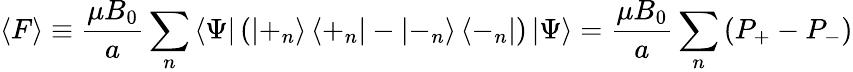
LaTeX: \left\langle F\right\rangle\equiv\frac{\mu B_{0}}{a}\sum_{n}\left\langle\Psi\right|\left(\left|+_{n}\right\rangle\left\langle+_{n}\right|-\left|-_{n}\right\rangle\left\langle-_{n}\right|\right)\left|\Psi\right\rangle=\frac{\mu B_{0}}{a}\sum_{n}\left(P_{+}-P_{-}\right)